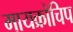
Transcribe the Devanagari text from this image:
मायक्रोचिप